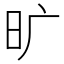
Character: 旷